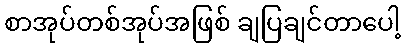
စာအုပ်တစ်အုပ်အဖြစ် ချပြချင်တာပေါ့